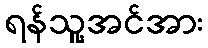
ရန်သူ့အင်အား